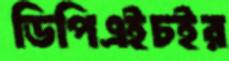
ডিপিএইচইর